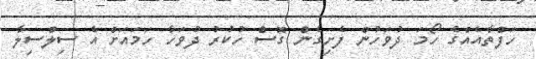
ހަފްތާއެއްގެ ހޯމަ ދުވަހުން ފެށިގެން ގޮސް ހުކުރު ދުވަހާ ހަމައަށް އެ ސިލްސިލާ